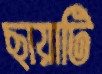
ছায়াটি